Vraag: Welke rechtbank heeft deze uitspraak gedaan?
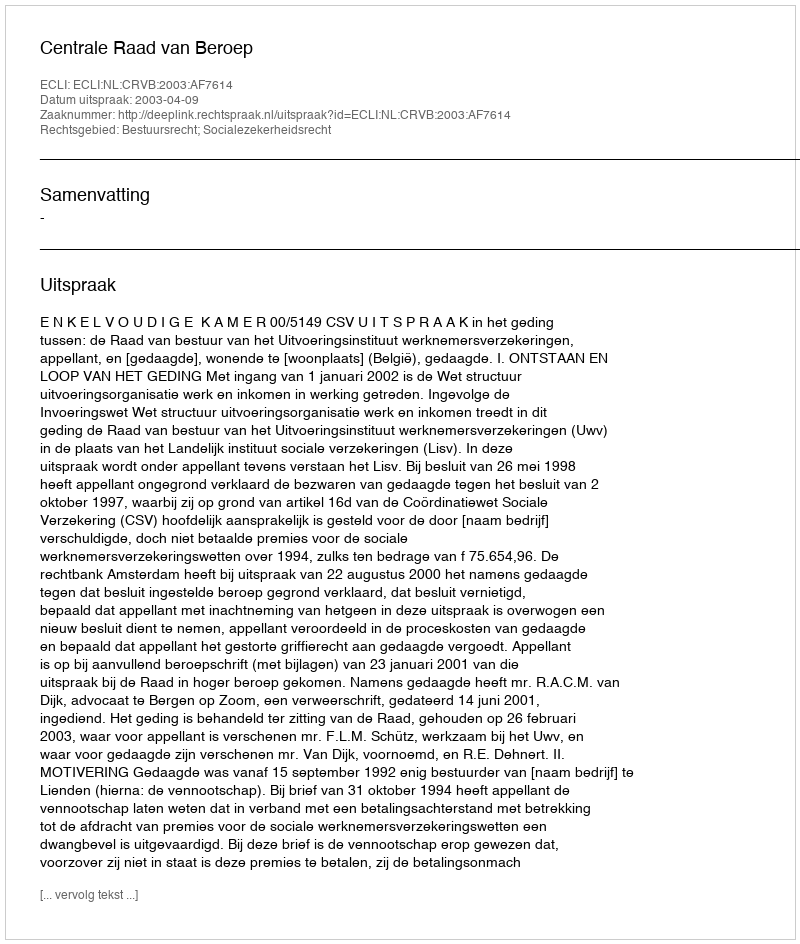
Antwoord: Centrale Raad van Beroep